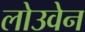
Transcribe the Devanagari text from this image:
लोउवेन